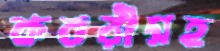
কবরীসহ